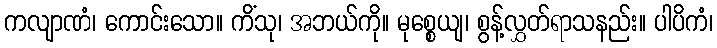
ကလျာဏံ၊ ကောင်းသော။ ကိံသု၊ အဘယ်ကို။ မုစ္စေယျ၊ စွန့်လွှတ်ရာသနည်း။ ပါပိကံ၊